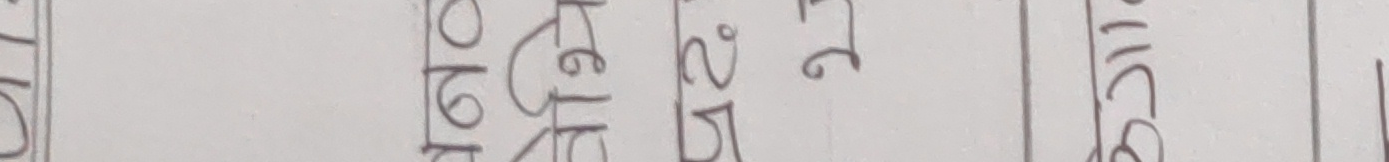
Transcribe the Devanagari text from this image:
15 हुनेछ 25° 27' मिनेट